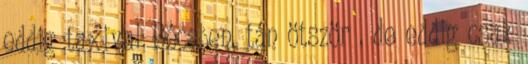
eddig taxival Bécsben, tán ötször , de eddig csak